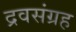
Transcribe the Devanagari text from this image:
द्रवसंग्रह